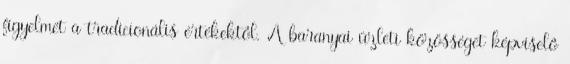
figyelmét a tradicionális értékektôl. A baranyai üzleti közösséget képviselô